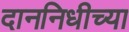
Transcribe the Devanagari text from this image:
दाननिधीच्या